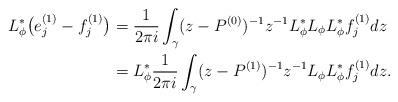
LaTeX: \begin{align*}L_{\phi}^{*} \big( e_{j}^{(1)} - f_{j}^{(1)} \big) &= \frac{1}{2 \pi i} \int_{\gamma} ( z - P^{(0)} )^{- 1} z^{- 1} L_{\phi}^{*} L_{\phi} L_{\phi}^{*} f_{j}^{(1)} d z \\&= L_{\phi}^{*} \frac{1}{2 \pi i} \int_{\gamma} (z - P^{(1)} )^{- 1} z^{-1} L_{\phi} L_{\phi}^{*} f_{j}^{(1)} d z .\end{align*}